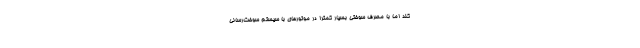
کند اما با مصرف سوختی بسیار کمتر! در موتورهای با سیستم سوخت‌رسانی